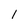
Character: I